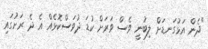
"ދެން އަޅުގަނޑަށް ލިބުނީ ވެސް ވަރަށް ކުޑަ ދުވަސްކޮޅެއް އެ ދެ ރަށުގައި